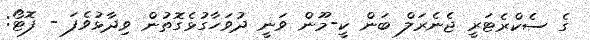
ގެ ސެކްރެޓަރީ ޖެނެރަލް ބަން ކީ-މޫން ވަނީ ދުވަހާގުޅެގޮތުން ވިދާޅުވެފަ - ފޮޓޯ: